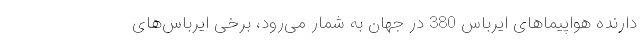
دارنده هواپیماهای ایرباس 380 در جهان به شمار می‌رود، برخی ایرباس‌های